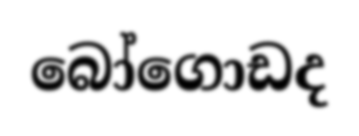
බෝගොඩද